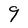
Character: 9